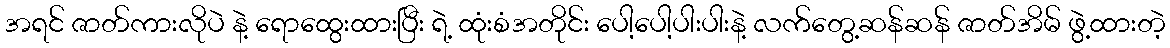
အရင် ဇာတ်ကားလိုပဲ နဲ့ ရောထွေးထားပြီး ရဲ့ ထုံးစံအတိုင်း ပေါ့ပေါ့ပါးပါးနဲ့ လက်တွေ့ဆန်ဆန် ဇာတ်အိမ် ဖွဲ့ထားတဲ့